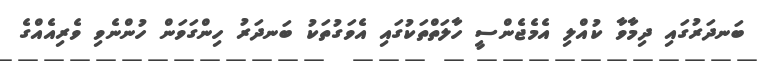
ބަނދަރުގައި ދިމާވާ ކުއްލި އެމެޖެންސީ ހާލަތްތަކުގައި އެވަގުތަކު ބަނދަރު ހިންގަވަން ހުންނެވި ވެރިއެއްގެ